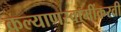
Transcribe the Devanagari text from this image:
कल्याणस्वामींकरवी